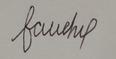
Signature authenticity: forged